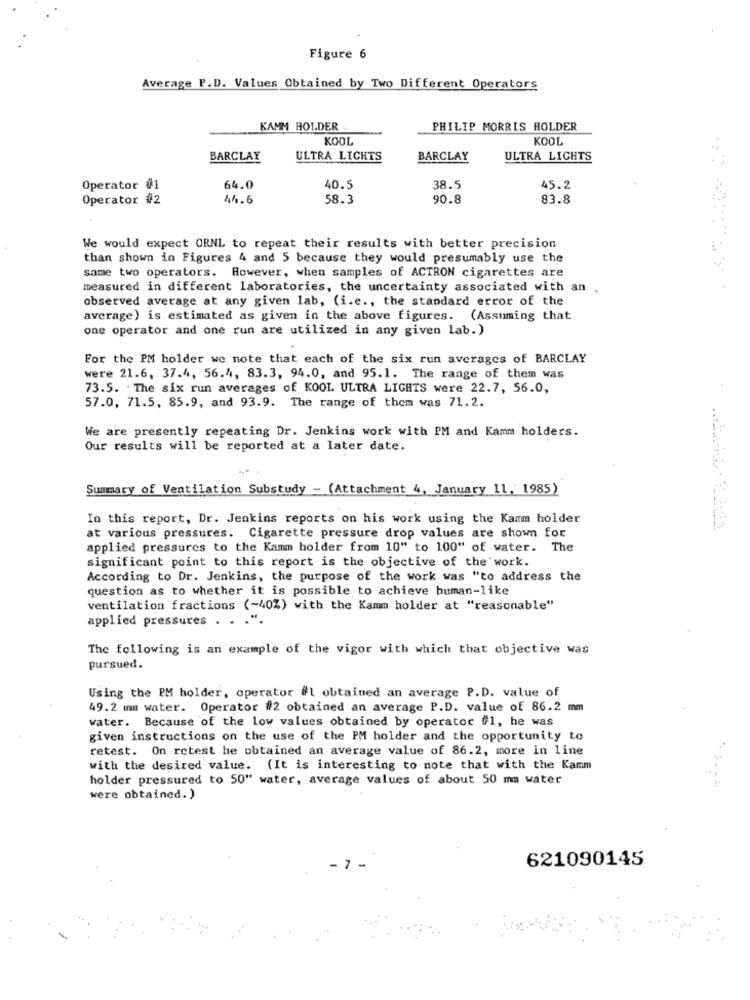
Figure 6
Average P.D. Values Obtained by Two Different Operators
KAMM HOLDER
PHILIP MORRIS HOLDER
KOOL
KOOL
BARCLAY
ULTRA LICHTS
BARCLAY
ULTRA LICHTS
Operator #1
64.0
40.5
38.5
45.2
Operator #2
44.6
58.3
90.8
83.8
We would expect ORNL to repeat their results with better precision
than shown in Figures 4 and 5 because they would presumably use the
same two operators. However, when samples of ACTRON cigarettes are
measured in different laboratories, the uncertainty associated with an ,
observed average at any given lab, (i.e ., the standard error of the
average) is estimated as given in the above figures. (Assuming that
one operator and one run are utilized in any given lab.)
For the PM holder we note that each of the six run averages of BARCLAY
were 21.6, 37.4, 56.4, 83.3, 94.0, and 95.1. The range of them was
73.5. The six run averages of KOOL ULTRA LIGHTS were 22.7, 56.0,
57.0, 71.5, 85.9, and 93.9. The range of them was 71.2.
We are presently repeating Dr. Jenkins work with PM and Kamm holders.
Our results will be reported at a later date.
Summary of Ventilation Substudy - (Attachment 4, January 11, 1985)
In this report, Dr. Jenkins reports on his work using the Kamm holder
at various pressures. Cigarette pressure drop values are shown for
applied pressures to the Kamm holder from 10" to 100" of water. The
significant point to this report is the objective of the work.
According to Dr. Jenkins, the purpose of the work was "to address the
question as to whether it is possible to achieve buman-like
ventilation fractions (-40%) with the Kamm holder at "reasonable"
applied pressures . . . ".
The following is an example of the vigor with which that objective was
pursued.
Using the PM holder, operator #1 obtained an average P.D. value of
49.2 mm water. Operator #2 obtained an average P.D. value of 86.2 mm
water. Because of the low values obtained by operator #1, he was
given instructions on the use of the PM holder and the opportunity to
retest. On retest he obtained an average value of 86.2, more in line
with the desired value. (It is interesting to note that with the Kamm
holder pressured to 50" water, average values of about 50 mm water
were obtained.)
621090145